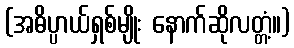
(အဓိပ္ပာယ်ရှစ်မျိုး နောက်ဆိုလတ္တံ့။)